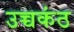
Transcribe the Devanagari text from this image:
उच्चकंठ